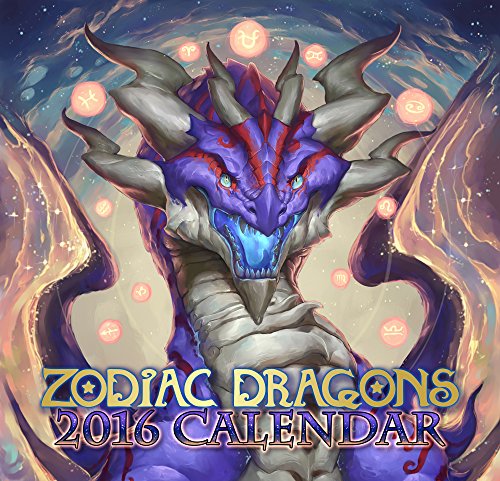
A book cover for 2016 Zodiac Dragons Fantasy Wall Calendar Limited Edition; Christina Yen; Calendars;